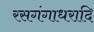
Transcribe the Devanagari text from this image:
रसगंगाधरादि